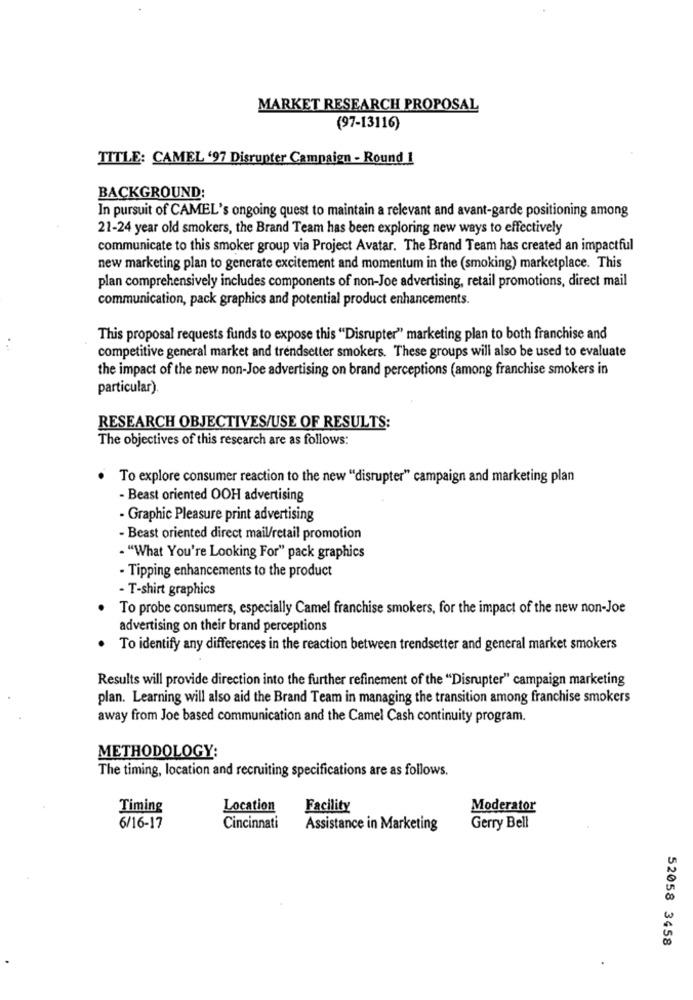
MARKET RESEARCH PROPOSAL
(97-13116)
TITLE: CAMEL '97 Disrupter Campaign - Round 1
BACKGROUND:
In pursuit of CAMEL's ongoing quest to maintain a relevant and avant-garde positioning among
21-24 year old smokers, the Brand Team has been exploring new ways to effectively
communicate to this smoker group via Project Avatar. The Brand Team has created an impactful
new marketing plan to generate excitement and momentum in the (smoking) marketplace. This
plan comprehensively includes components of non-Joe advertising, retail promotions, direct mail
communication, pack graphics and potential product enhancements.
This proposal requests funds to expose this "Disrupter" marketing plan to both franchise and
competitive general market and trendsetter smokers. These groups will also be used to evaluate
the impact of the new non-Joe advertising on brand perceptions (among franchise smokers in
particular)
RESEARCH OBJECTIVES/USE OF RESULTS:
The objectives of this research are as follows:
To explore consumer reaction to the new "disrupter" campaign and marketing plan
- Beast oriented OOH advertising
- Graphic Pleasure print advertising
- Beast oriented direct mail/retail promotion
. "What You're Looking For" pack graphics
- Tipping enhancements to the product
- T-shirt graphics
To probe consumers, especially Camel franchise smokers, for the impact of the new non-Joe
advertising on their brand perceptions
To identify any differences in the reaction between trendsetter and general market smokers
Results will provide direction into the further refinement of the "Disrupter" campaign marketing
plan. Learning will also aid the Brand Team in managing the transition among franchise smokers
away from Joe based communication and the Camel Cash continuity program.
METHODOLOGY:
The timing, location and recruiting specifications are as follows.
Timing
Location
Facility
Moderator
6/16-17
Cincinnati
Assistance in Marketing
Gerry Bell
52058 3458